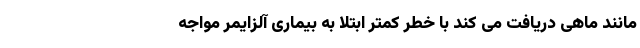
مانند ماهی دریافت می کند با خطر کمتر ابتلا به بیماری آلزایمر مواجه